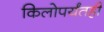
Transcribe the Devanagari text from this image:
किलोपर्यंतही